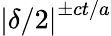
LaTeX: \left|\delta/2\right|^{\pm ct/a}